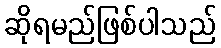
ဆိုရမည်ဖြစ်ပါသည်